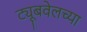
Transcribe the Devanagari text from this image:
ट्यूबवेलच्या